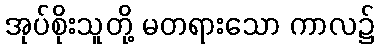
အုပ်စိုးသူတို့ မတရားသော ကာလ၌